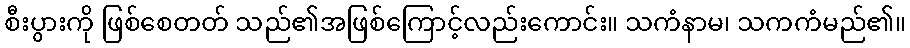
စီးပွားကို ဖြစ်စေတတ် သည်၏အဖြစ်ကြောင့်လည်းကောင်း။ သကံနာမ၊ သကကံမည်၏။